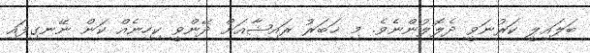
ބަލައިލީ ކަރުނަވީ ދެލޮލުންނެވެ. މި ޚަބަރު ރައިޝާއަށް ދޭންވީ ކިހިނެއް ކަން ނޭނގިފައި